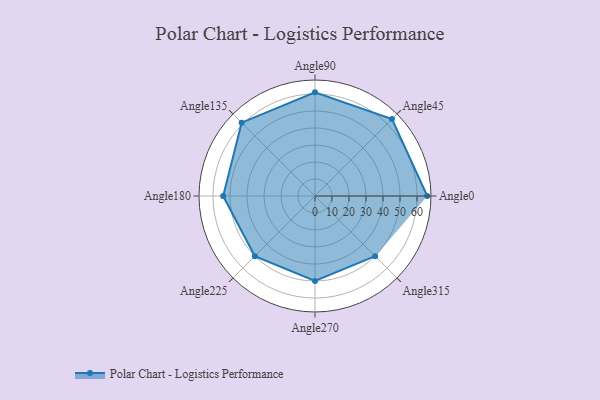
{"axis": {"x": "Angle", "y": "Radius"}, "legend": [""], "data": [{"x": "Angle0", "y": 66.0, "type": ""}, {"x": "Angle45", "y": 64.0, "type": ""}, {"x": "Angle90", "y": 61.0, "type": ""}, {"x": "Angle135", "y": 61.0, "type": ""}, {"x": "Angle180", "y": 54.0, "type": ""}, {"x": "Angle225", "y": 50, "type": ""}, {"x": "Angle270", "y": 50, "type": ""}, {"x": "Angle315", "y": 50, "type": ""}]}